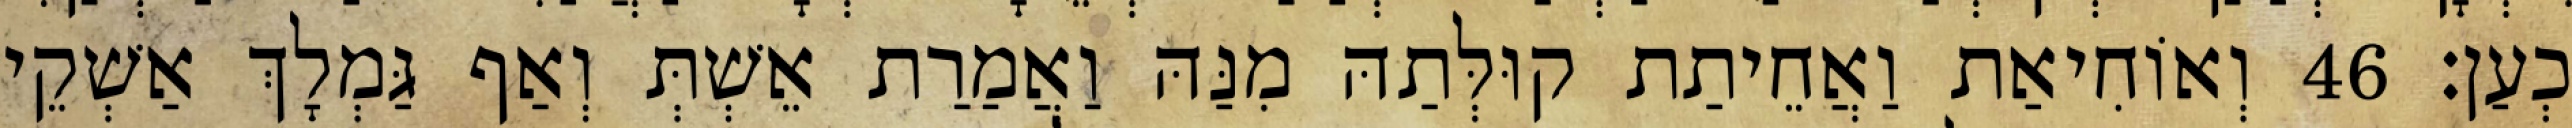
כְעַן׃ 46 וְאוֹחִיאַת וַאֲחֵיתַת קוּלְּתַהּ מִנַּהּ וַאֲמַרַת אֵשְׁתְּ וְאַף גַּמְלָךְ אַשְׁקֵי